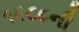
૧૯૮૮ની